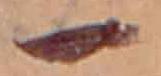
一